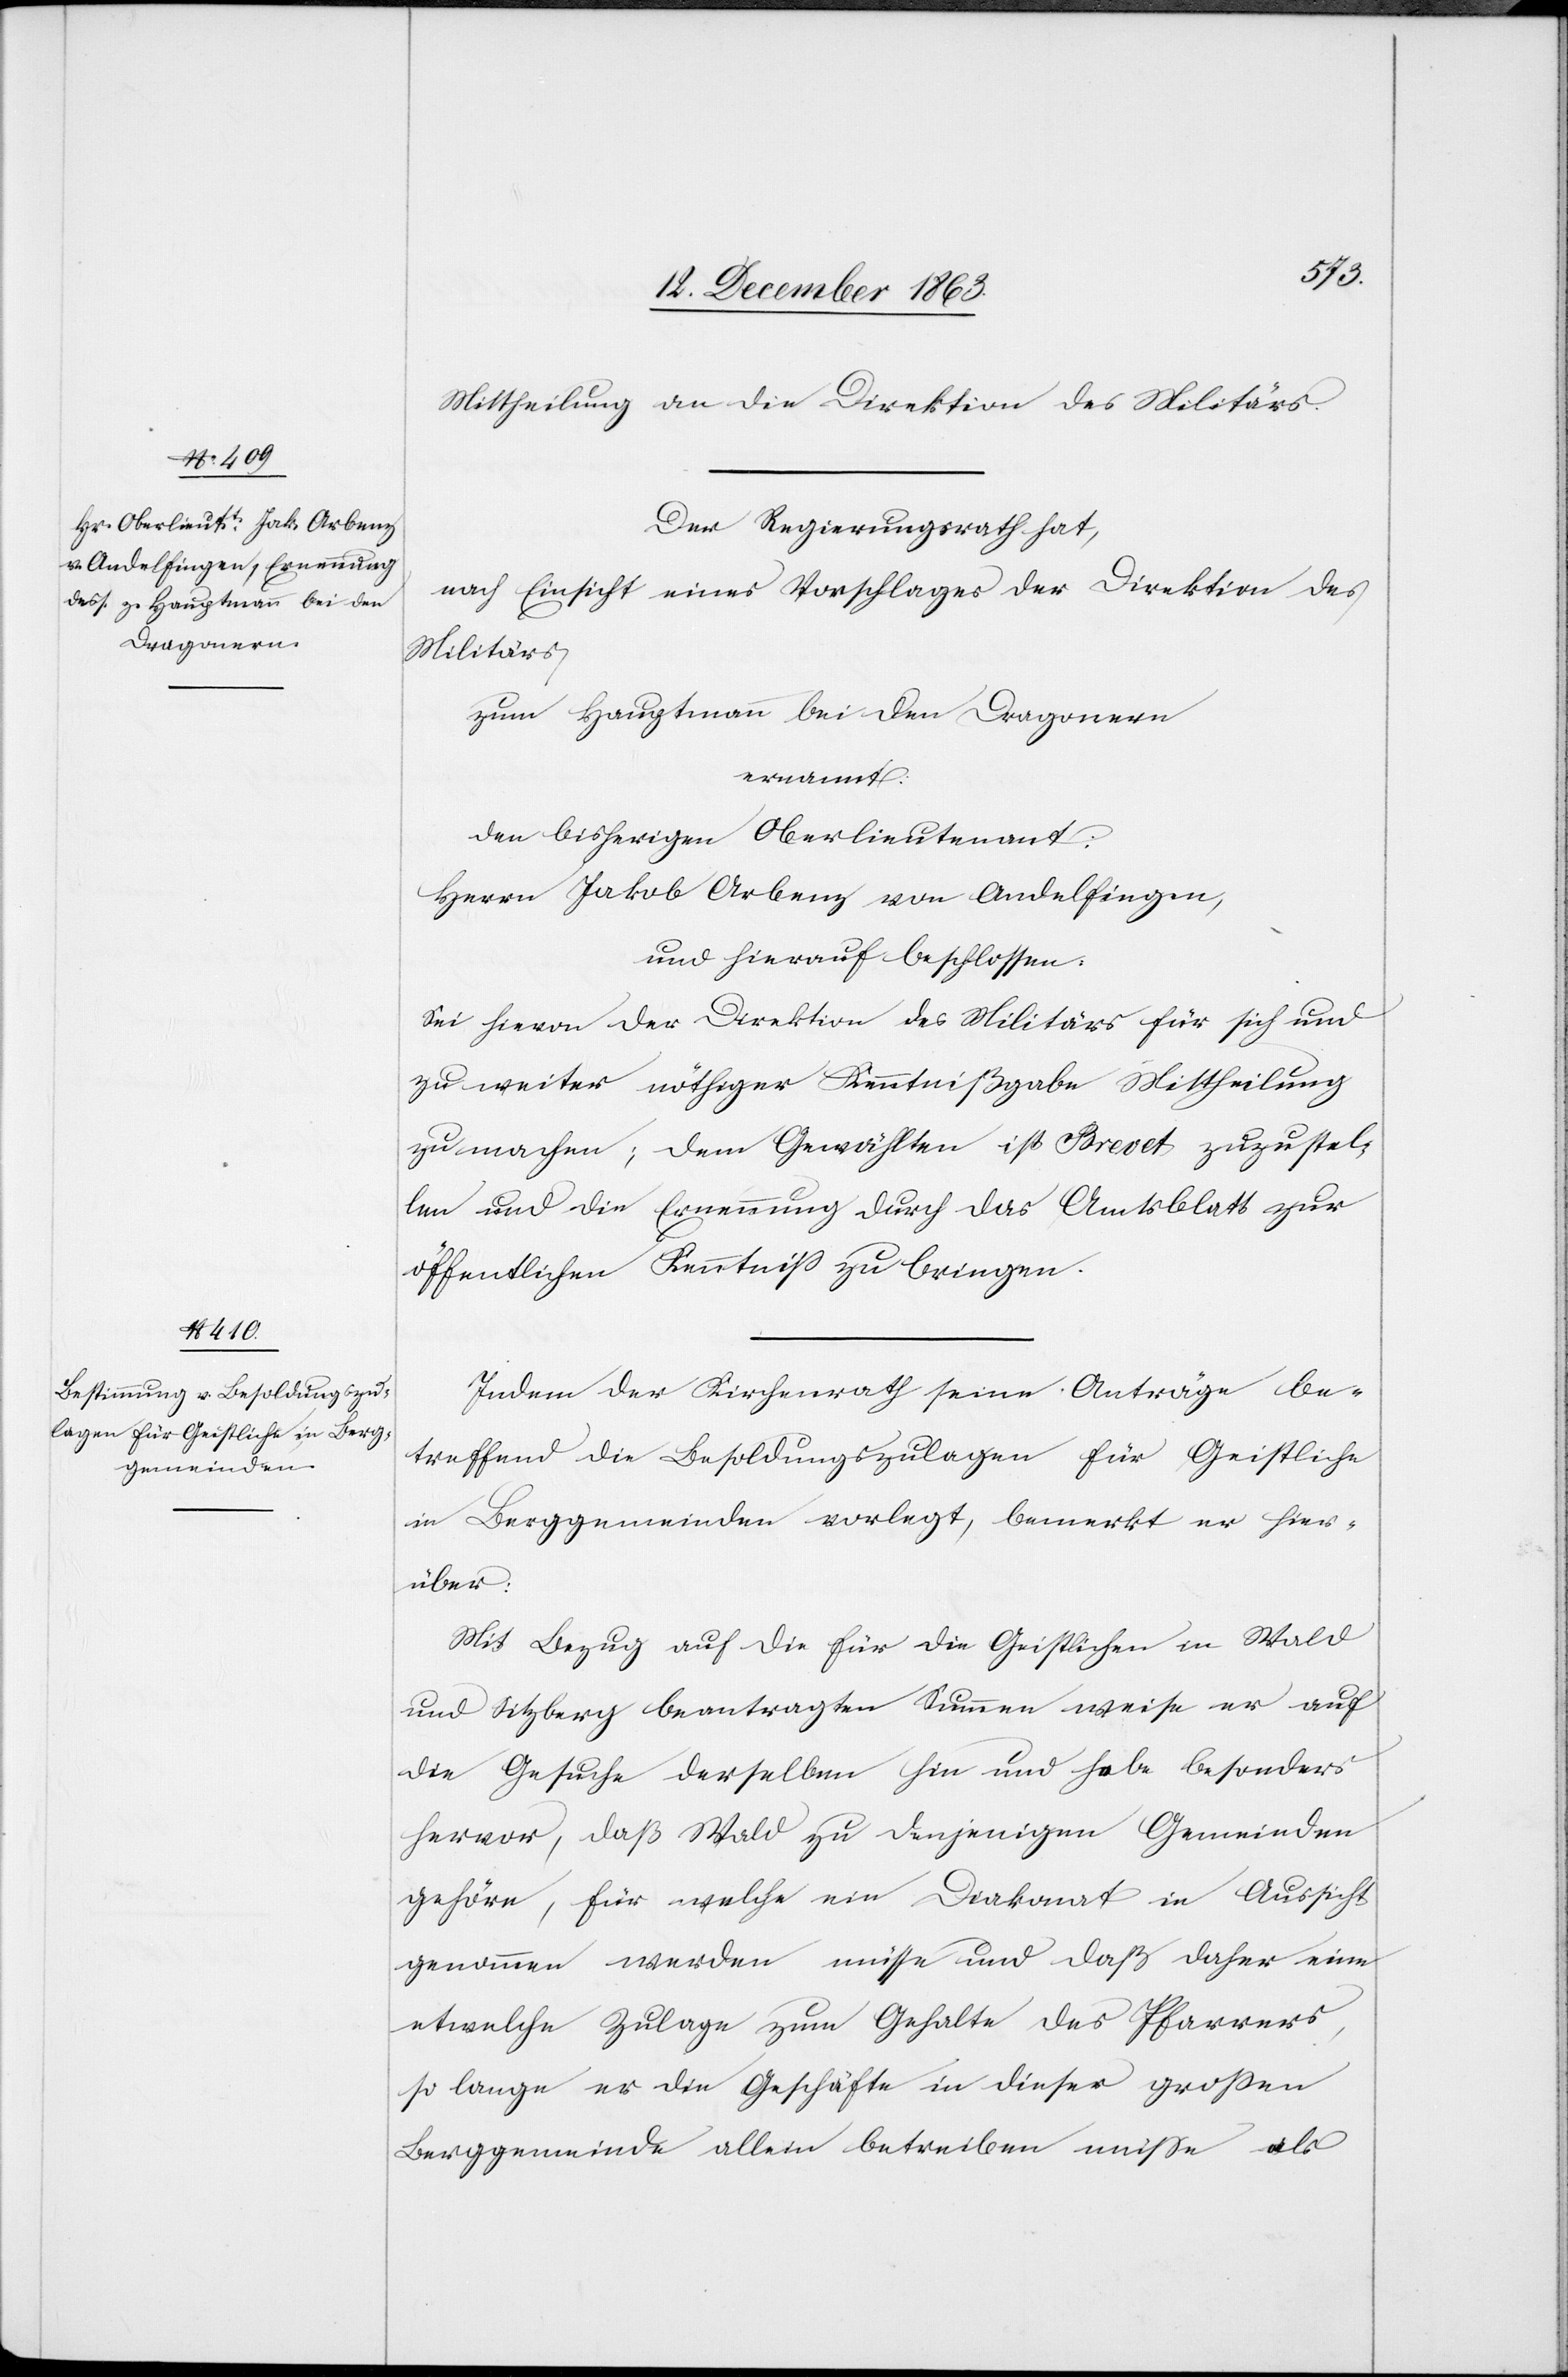
Mittheilung an die Direktion des Militärs.
Der Regierungsrath hat,
nach Einsicht eines Vorschlages der Direktion des
Militärs,
zum Hauptmann bei den Dragonern
ernannt:
den bisherigen Oberlieutenant:
Herrn Jakob Arbenz von Andelfingen,
und hierauf beschlossen:
Sei hievon der Direktion des Militärs für sich und
zu weiter nöthiger Kenntnißgabe Mittheilung
zu machen; dem Gewählten ist Brevet zuzustel¬
len und die Ernennung durch das Amtsblatt zur
öffentlichen Kenntniß zu bringen.
Indem der Kirchenrath seine Anträge be¬
treffend die Besoldungszulagen für Geistliche
in Berggemeinden vorlegt, bemerkt er hier¬
über:
Mit Bezug auf die für die Geistlichen in Wald
und Sitzberg beantragten Summen weise er auf
die Gesuche derselben hin und hebe besonders
hervor, daß Wald zu denjenigen Gemeinden
gehöre, für welche ein Diakonat in Aussicht
genommen werden müsse und daß daher eine
etwelche Zulage zum Gehalte des Pfarrers,
so lange er die Geschäfte in dieser grossen
Berggemeinde allein betreiben müsse als